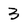
Character: 3